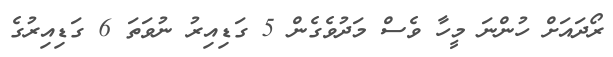
ރޯދައަށް ހުންނަ މީހާ ވެސް މަދުވެގެން 5 ގަޑިއިރު ނުވަތަ 6 ގަޑިއިރުގެ